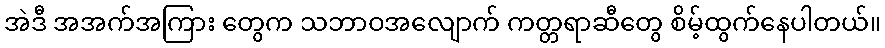
အဲဒီ အအက်အကြား တွေက သဘာဝအလျောက် ကတ္တရာဆီတွေ စိမ့်ထွက်နေပါတယ်။